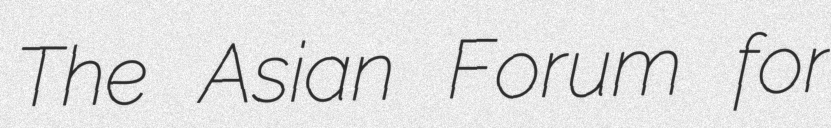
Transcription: The Asian Forum for